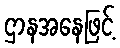
ဌာနအနေဖြင့်